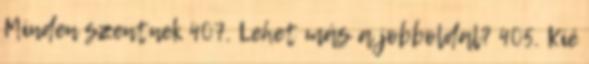
Minden szentnek 407. Lehet más a jobboldal? 405. Kié